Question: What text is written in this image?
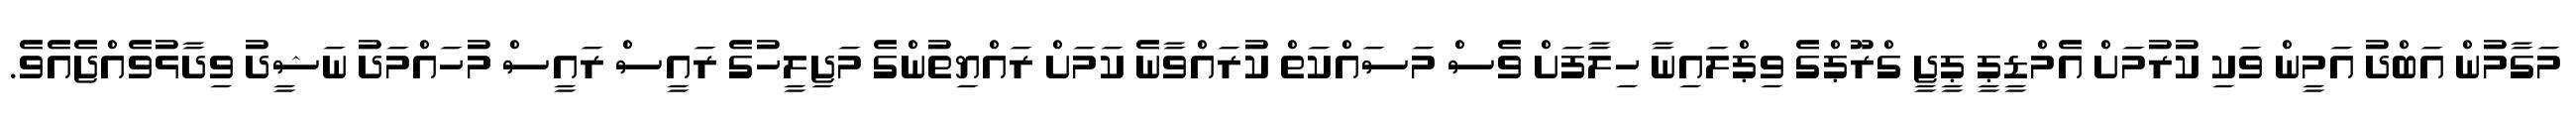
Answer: މަގާމުން އަބްދު އަމީން ވަކި ކުރުމަށް އެމްޑީޕީ ޕީޖީ ގްރޫޕްގެ ވިޕްލައިނާ ހިލާފަށް ވެސް މަސައްކަތް ކުރައްވާނެ ކަމަށް ރައްޔިތުންގެ މަޖިލީހުގެ ރައީސް ރައީސް މުހައްމަދު ނަޝީދު ވިދާޅުވެއްޖެއެވެ.